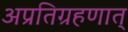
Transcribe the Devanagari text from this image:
अप्रतिग्रहणात्